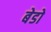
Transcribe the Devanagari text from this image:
बेडो